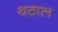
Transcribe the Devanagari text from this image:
थठाल